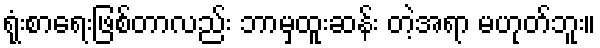
ရုံးစာရေးဖြစ်တာလည်း ဘာမှထူးဆန်း တဲ့အရာ မဟုတ်ဘူး။